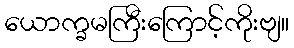
ယောက္ခမကြီးကြောင့်ကိုးဗျ။